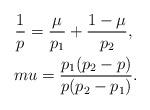
LaTeX: \begin{align*}\frac{1}{p}=\frac{\mu}{p_1} + \frac{1-\mu}{p_2},\ \\mu=\frac{p_1(p_2-p)}{p(p_2-p_1)}.\end{align*}